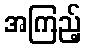
အကြည့်